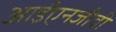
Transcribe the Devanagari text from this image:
आईएनजीवी